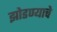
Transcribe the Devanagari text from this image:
झोडण्याचे